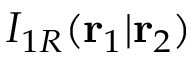
I _ { 1 R } ( \mathbf { r } _ { 1 } | \mathbf { r } _ { 2 } )